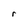
Character: r